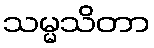
သမ္မသိတာ